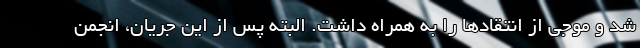
شد و موجی از انتقادها را به همراه داشت. البته پس از این جریان، انجمن